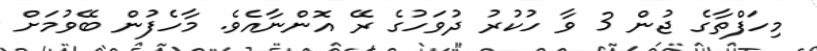
މިހަފްތާގެ ޖުން 3 ވާ ހުކުރު ދުވަހުގެ ރޭ އޮންނާއެވެ. މާހެފުން ބޭވުމަށް